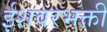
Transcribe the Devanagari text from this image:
ईशवरभक्ती